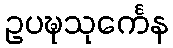
ဥပဍ္ဎသုင်္ကေန